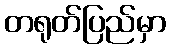
တရုတ်ပြည်မှာ